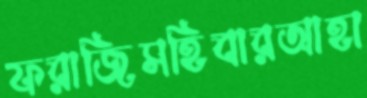
ফরাজিসহিবারআহা